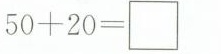
$$5 0 + 2 0 = \Box$$